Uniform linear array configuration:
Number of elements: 24
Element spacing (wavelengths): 0.5
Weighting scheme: binomial
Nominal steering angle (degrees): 60
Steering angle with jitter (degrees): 61.283
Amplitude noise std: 0.05
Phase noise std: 0.05

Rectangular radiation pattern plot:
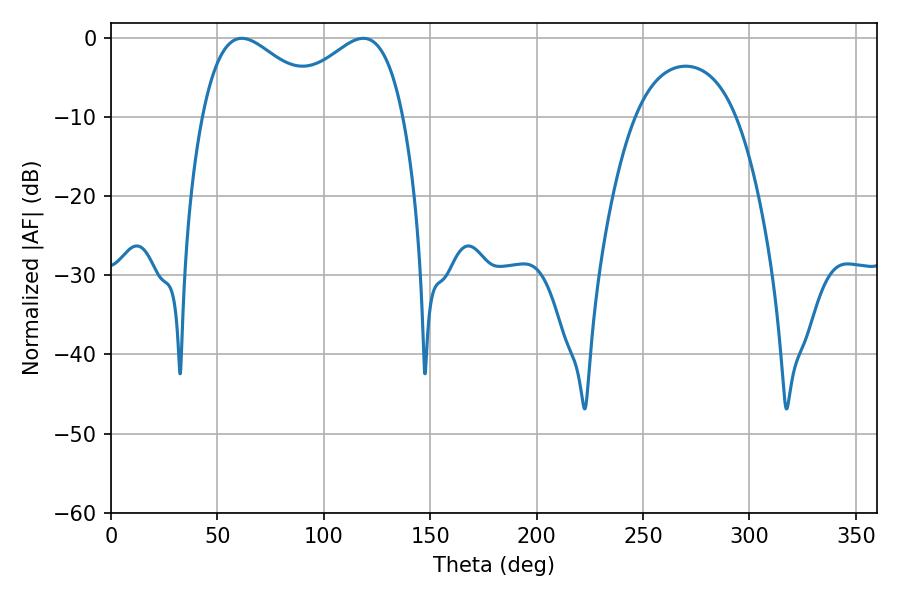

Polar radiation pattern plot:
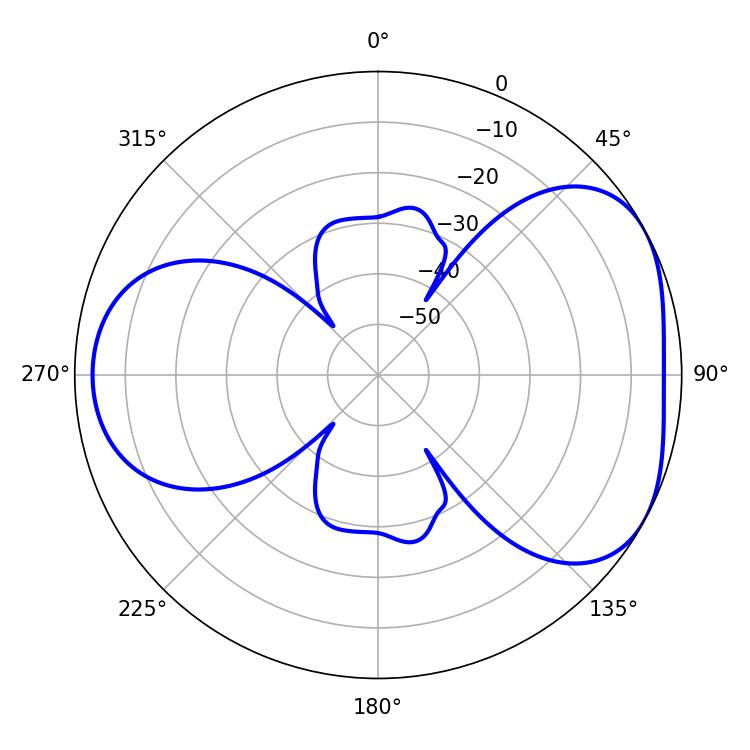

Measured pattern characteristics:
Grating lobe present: FALSE
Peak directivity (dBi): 4.547
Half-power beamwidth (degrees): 31.86
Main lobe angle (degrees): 61.38